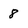
Character: 8